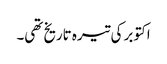
اکتوبر کی تیرہ تاریخ تھی۔